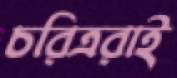
চরিত্ররাই